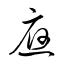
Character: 應